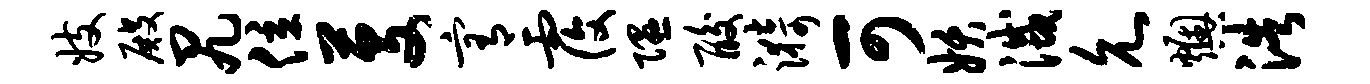
妓殿尻位芟宥覆隰酸漪可妖灭允燠浩